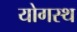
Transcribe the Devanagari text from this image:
योगस्थ